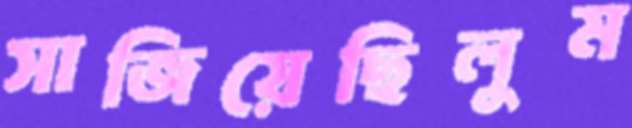
সাজিয়েছিলুম